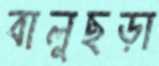
বালুছড়া